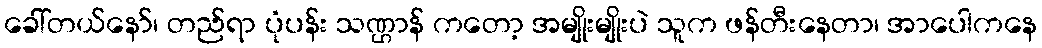
ခေါ်တယ်နော်၊ တည်ရာ ပုံပန်း သဏ္ဌာန် ကတော့ အမျိုးမျိုးပဲ သူက ဖန်တီးနေတာ၊ အာပေါကနေ